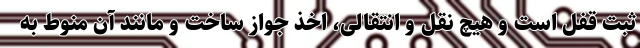
ثبت قفل است و هیچ نقل و انتقالی، اخذ جواز ساخت و مانند آن منوط به